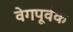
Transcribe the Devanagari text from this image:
वेगपूर्वक